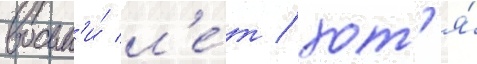
восьм'и́ л'е́т / хот'я́